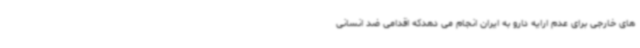
های خارجی برای عدم ارایه دارو به ایران انجام می دهدکه اقدامی ضد انسانی